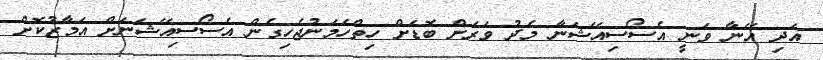
އަދި އޭނާ ވަނީ އެސޯސިއޭޝަނާ މެދު ވަރަށް ބޮޑަށް ހިތްހަމަނުޖެހިގެން އެސޯސިއޭޝަނަށް އަމާޒުކޮށް